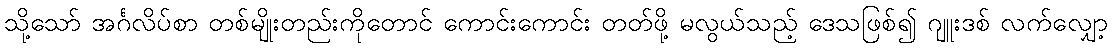
သို့သော် အင်္ဂလိပ်စာ တစ်မျိုးတည်းကိုတောင် ကောင်းကောင်း တတ်ဖို့ မလွယ်သည့် ဒေသဖြစ်၍ ဂျူးဒစ် လက်လျှော့